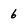
Character: 6